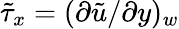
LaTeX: \tilde{\tau}_{x}=(\partial\tilde{u}/\partial y)_{w}